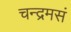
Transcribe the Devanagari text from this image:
चन्द्रमसं